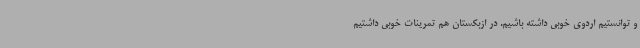
و توانستیم اردوی خوبی داشته باشیم. در ازبکستان هم تمرینات خوبی داشتیم